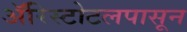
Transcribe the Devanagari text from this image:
ॲरिस्टोटलपासून